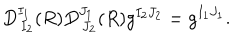
D _ { \, I _ { 2 } } ^ { I _ { 1 } } ( R ) D _ { \, J _ { 2 } } ^ { J _ { 1 } } ( R ) g ^ { I _ { 2 } J _ { 2 } } = g ^ { I _ { 1 } J _ { 1 } } .